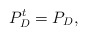
\begin{align*}P_{D}^{t} = P_{D}, \end{align*}